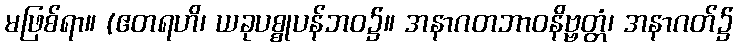
မဖြစ်ရာ။ (ဧတရဟိ၊ ယခုပစ္စုပန်ဘဝ၌။ အနာဂတဘာဝနိဗ္ဗတ္တံ၊ အနာဂတ်၌